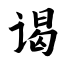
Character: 谒